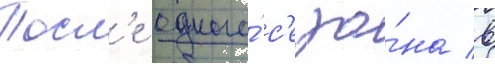
Посл'е одного́ с'езо́на в